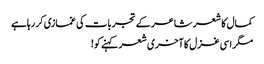
کمال کا شعر شاعر کے تجربات کی غمازی کر رہاہے
مگر اسی غزل کا آخری شعر کہنے کو!